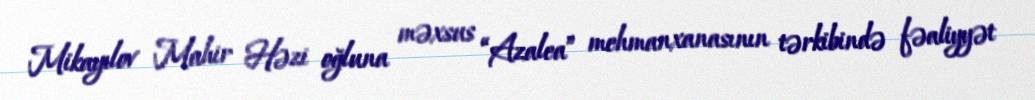
Mikayılov Mahir Həzi oğluna məxsus “Azalea” mehmanxanasının tərkibində fəaliyyət